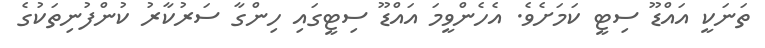
ތަނަކީ އައްޑޫ ސިޓީ ކަމަށެވެ. އެހެންވީމަ އައްޑޫ ސިޓީގައި ހިންގާ ސަރުކާރު ކުންފުނިތަކުގެ